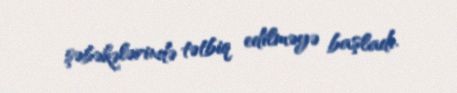
şəbəkələrində tətbiq edilməyə başladı.